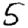
Digit: 5